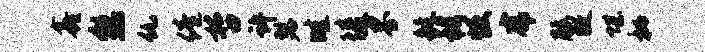
鑫熟仇倦哲许瑟畦陵界艇穆恢虎腰敝堪秘